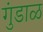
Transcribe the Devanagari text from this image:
गुंडाळ